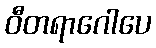
ဝီတရာဂေါပေ